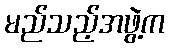
မည်သည့်အဖွဲ့က